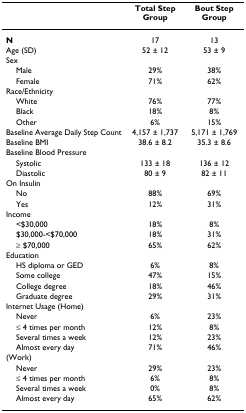
<table><thead><tr><td></td><td><b>Total Step Group</b></td><td><b>Bout Step Group</b></td></tr></thead><tbody><tr><td><b>N</b></td><td>17</td><td>13</td></tr><tr><td>Age (SD)</td><td>52 ± 12</td><td>53 ± 9</td></tr><tr><td>Sex</td><td></td><td></td></tr><tr><td> Male</td><td>29%</td><td>38%</td></tr><tr><td> Female</td><td>71%</td><td>62%</td></tr><tr><td>Race/Ethnicity</td><td></td><td></td></tr><tr><td> White</td><td>76%</td><td>77%</td></tr><tr><td> Black</td><td>18%</td><td>8%</td></tr><tr><td> Other</td><td>6%</td><td>15%</td></tr><tr><td>Baseline Average Daily Step Count</td><td>4,157 ± 1,737</td><td>5,171 ± 1,769</td></tr><tr><td>Baseline BMI</td><td>38.6 ± 8.2</td><td>35.3 ± 8.6</td></tr><tr><td>Baseline Blood Pressure</td><td></td><td></td></tr><tr><td> Systolic</td><td>133 ± 18</td><td>136 ± 12</td></tr><tr><td> Diastolic</td><td>80 ± 9</td><td>82 ± 11</td></tr><tr><td>On Insulin</td><td></td><td></td></tr><tr><td> No</td><td>88%</td><td>69%</td></tr><tr><td> Yes</td><td>12%</td><td>31%</td></tr><tr><td>Income</td><td></td><td></td></tr><tr><td> &lt;$30,000</td><td>18%</td><td>8%</td></tr><tr><td> $30,000-&lt;$70,000</td><td>18%</td><td>31%</td></tr><tr><td> ≥ $70,000</td><td>65%</td><td>62%</td></tr><tr><td>Education</td><td></td><td></td></tr><tr><td> HS diploma or GED</td><td>6%</td><td>8%</td></tr><tr><td> Some college</td><td>47%</td><td>15%</td></tr><tr><td> College degree</td><td>18%</td><td>46%</td></tr><tr><td> Graduate degree</td><td>29%</td><td>31%</td></tr><tr><td>Internet Usage (Home)</td><td></td><td></td></tr><tr><td> Never</td><td>6%</td><td>23%</td></tr><tr><td> ≤ 4 times per month</td><td>12%</td><td>8%</td></tr><tr><td> Several times a week</td><td>12%</td><td>23%</td></tr><tr><td> Almost every day</td><td>71%</td><td>46%</td></tr><tr><td>(Work)</td><td></td><td></td></tr><tr><td> Never</td><td>29%</td><td>23%</td></tr><tr><td> ≤ 4 times per month</td><td>6%</td><td>8%</td></tr><tr><td> Several times a week</td><td>0%</td><td>8%</td></tr><tr><td> Almost every day</td><td>65%</td><td>62%</td></tr></tbody></table>